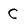
Character: C